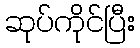
ဆုပ်ကိုင်ပြီး